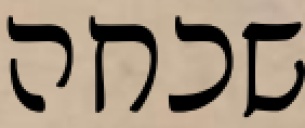
שכחה